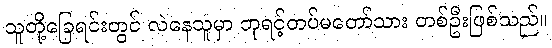
သူတို့ခြေရင်းတွင် လဲနေသူမှာ ဘုရင့်တပ်မတော်သား တစ်ဦးဖြစ်သည်။